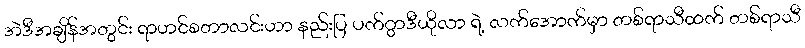
အဲဒီအချိန်အတွင်း ရာဟင်စတာလင်းဟာ နည်းပြ ပက်ဂွာဒီယိုလာ ရဲ့ လက်အောက်မှာ တစ်ရာသီထက် တစ်ရာသီ